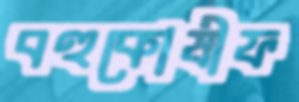
বহুকোষীফ